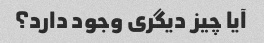
آیا چیز دیگری وجود دارد؟